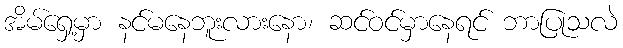
အိမ်ရှေ့မှာ နင်မနေဘူးလားနော၊ ဆင်ဝင်မှာနေရင် ဘာပြုသလဲ